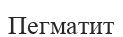
Пегматит